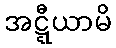
အဋ္ဋီယာမိ